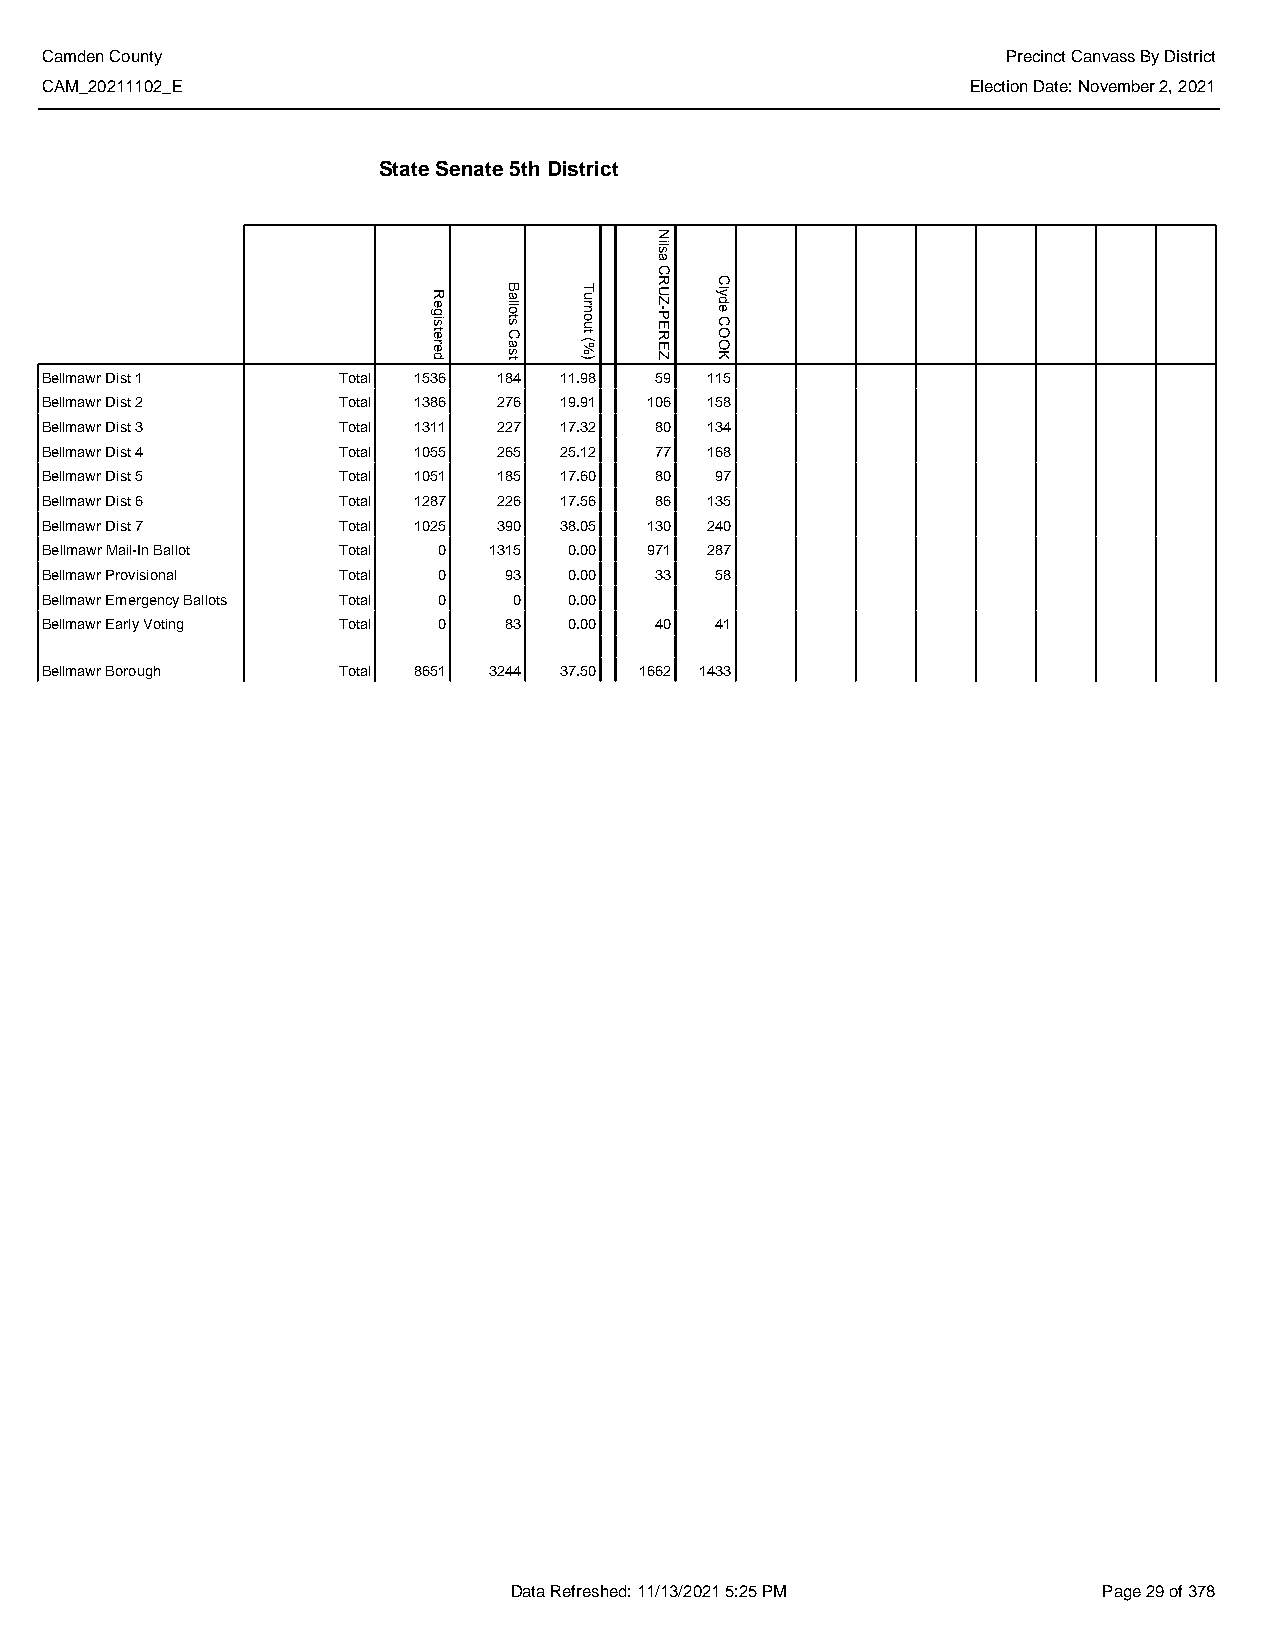
Camden County                                                   Precinct Canvass By District
 CAM_20211102_E                                               Election Date: November 2, 2021
 State Senate 5th District
 Bellmawr Dist 1    Total 1536 184 11.98 59  115
 Bellmawr Dist 2    Total 1386 276 19.91 106 158
 Bellmawr Dist 3    Total 1311 227 17.32 80  134
 Bellmawr Dist 4    Total 1055 265 25.12 77  168
 Bellmawr Dist 5    Total 1051 185 17.60 80  97
 Bellmawr Dist 6    Total 1287 226 17.56 86  135
 Bellmawr Dist 7    Total 1025 390 38.05 130 240
 Bellmawr Mail-In Ballot Total 0 1315 0.00 971 287
 Bellmawr Provisional Total 0  93   0.00 33  58
 Bellmawr Emergency Ballots Total 0 0 0.00
 Bellmawr Early Voting Total 0 83   0.00 40  41
 Bellmawr Borough   Total 8651 3244 37.50 1662 1433
 Data Refreshed: 11/13/2021 5:25 PM     Page 29 of 378
 Registered
 Ballots
 Cast
 Turnout
 (%)
 Nilsa
 CRUZ-PEREZ
 Clyde
 COOK